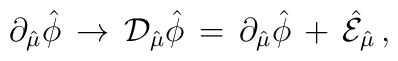
\partial_{\hat{\mu}}\hat{\phi}\,\rightarrow\, {\cal D}_{\hat{\mu}}\hat{\phi}\,=\,      \partial_{\hat{\mu}}\hat{\phi}\,+\,\hat{\cal E}_{\hat{\mu}} \, ,